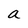
Character: a